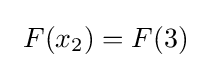
\ F(x_{2})=F(3)\